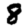
Digit: 8